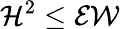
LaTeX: \mathcal{H}^{2}\leq\mathcal{E}\mathcal{W}